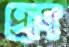
প্রাণ